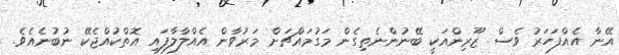
އޭނާ އެއްފަހަރު ވެސް ޒޫރިންއަކީ ބޭނުންނެތިގެން މަގުމައްޗަށް މަރުވާން އެއްލާލާފައި އޮތްކުއްޖެކޭ ނުބުނެއެވެ.